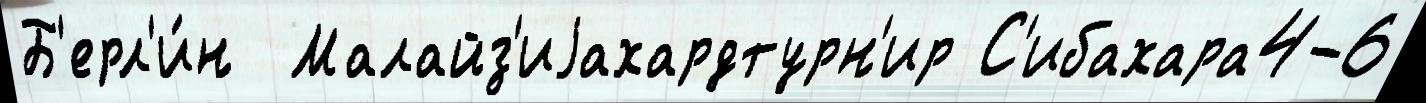
Б'ерл'и́н  Малайз'иjахардтурн'ир С'ибахара4-6